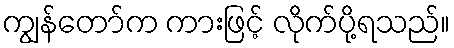
ကျွန်တော်က ကားဖြင့် လိုက်ပို့ရသည်။